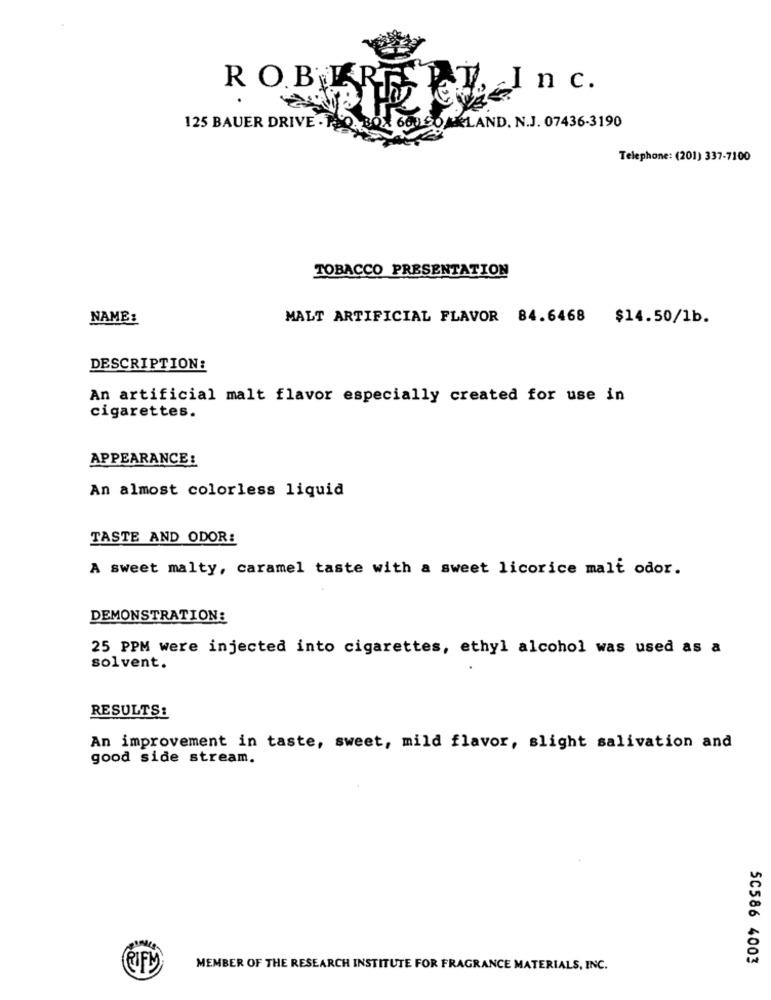
ROBERT
7. Inc.
125 BAUER DRIVE .
66060ARLAND. N.J. 07436-3190
Telephone: (201) 337-7100
TOBACCO PRESENTATION
NAME:
MALT ARTIFICIAL FLAVOR 84.6468 $14.50/1b.
DESCRIPTION:
An artificial malt flavor especially created for use in
cigarettes.
APPEARANCE:
An almost colorless liquid
TASTE AND ODOR:
A sweet malty, caramel taste with a sweet licorice malt odor.
DEMONSTRATION:
25 PPM were injected into cigarettes, ethyl alcohol was used as a
solvent.
RESULTS:
An improvement in taste, sweet, mild flavor, slight salivation and
good side stream.
50586 4003
RIFL)
MEMBER OF THE RESEARCH INSTITUTE FOR FRAGRANCE MATERIALS, INC.